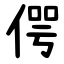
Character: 偔